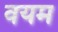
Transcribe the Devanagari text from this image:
वयम